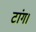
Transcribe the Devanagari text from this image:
टांग।